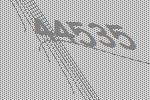
44535